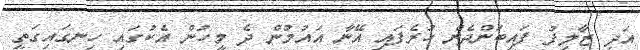
އަދި ޒާލިފު ފައިބަންދެން ހުރެފައި އޭނާ އައުމުން ދެ މީހުން އެކުގައި ހިނގައިގަތީ